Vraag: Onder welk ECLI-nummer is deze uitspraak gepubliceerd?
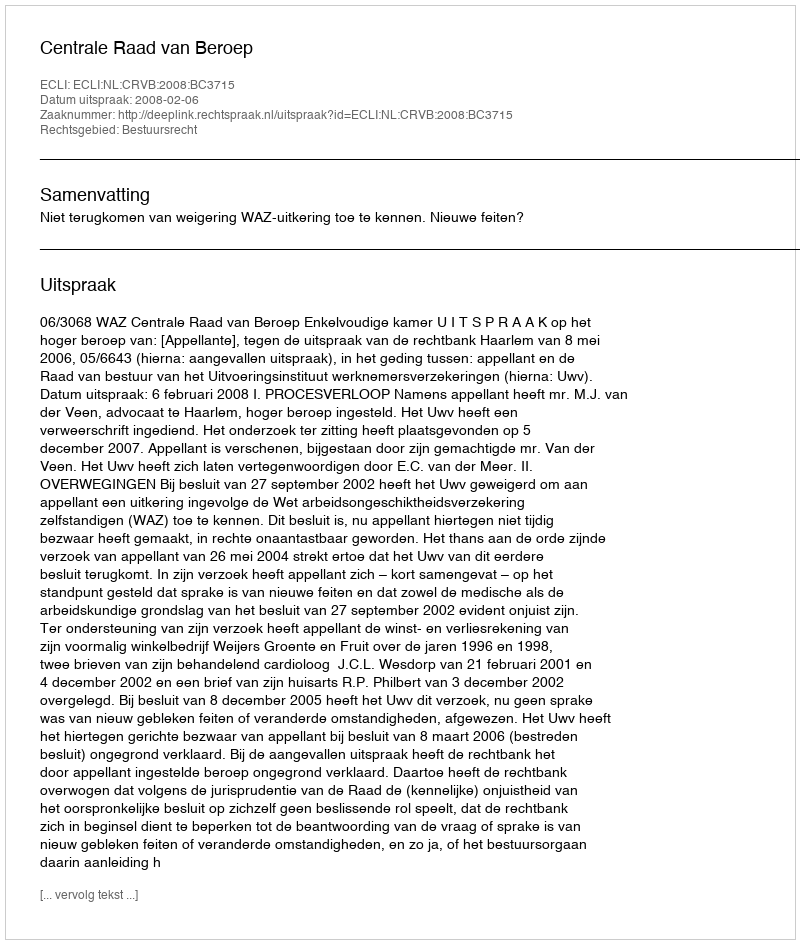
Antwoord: ECLI:NL:CRVB:2008:BC3715